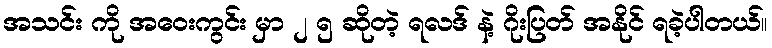
အသင်း ကို အဝေးကွင်း မှာ ၂ ၅ ဆိုတဲ့ ရလဒ် နဲ့ ဂိုးပြတ် အနိုင် ရခဲ့ပါတယ်။